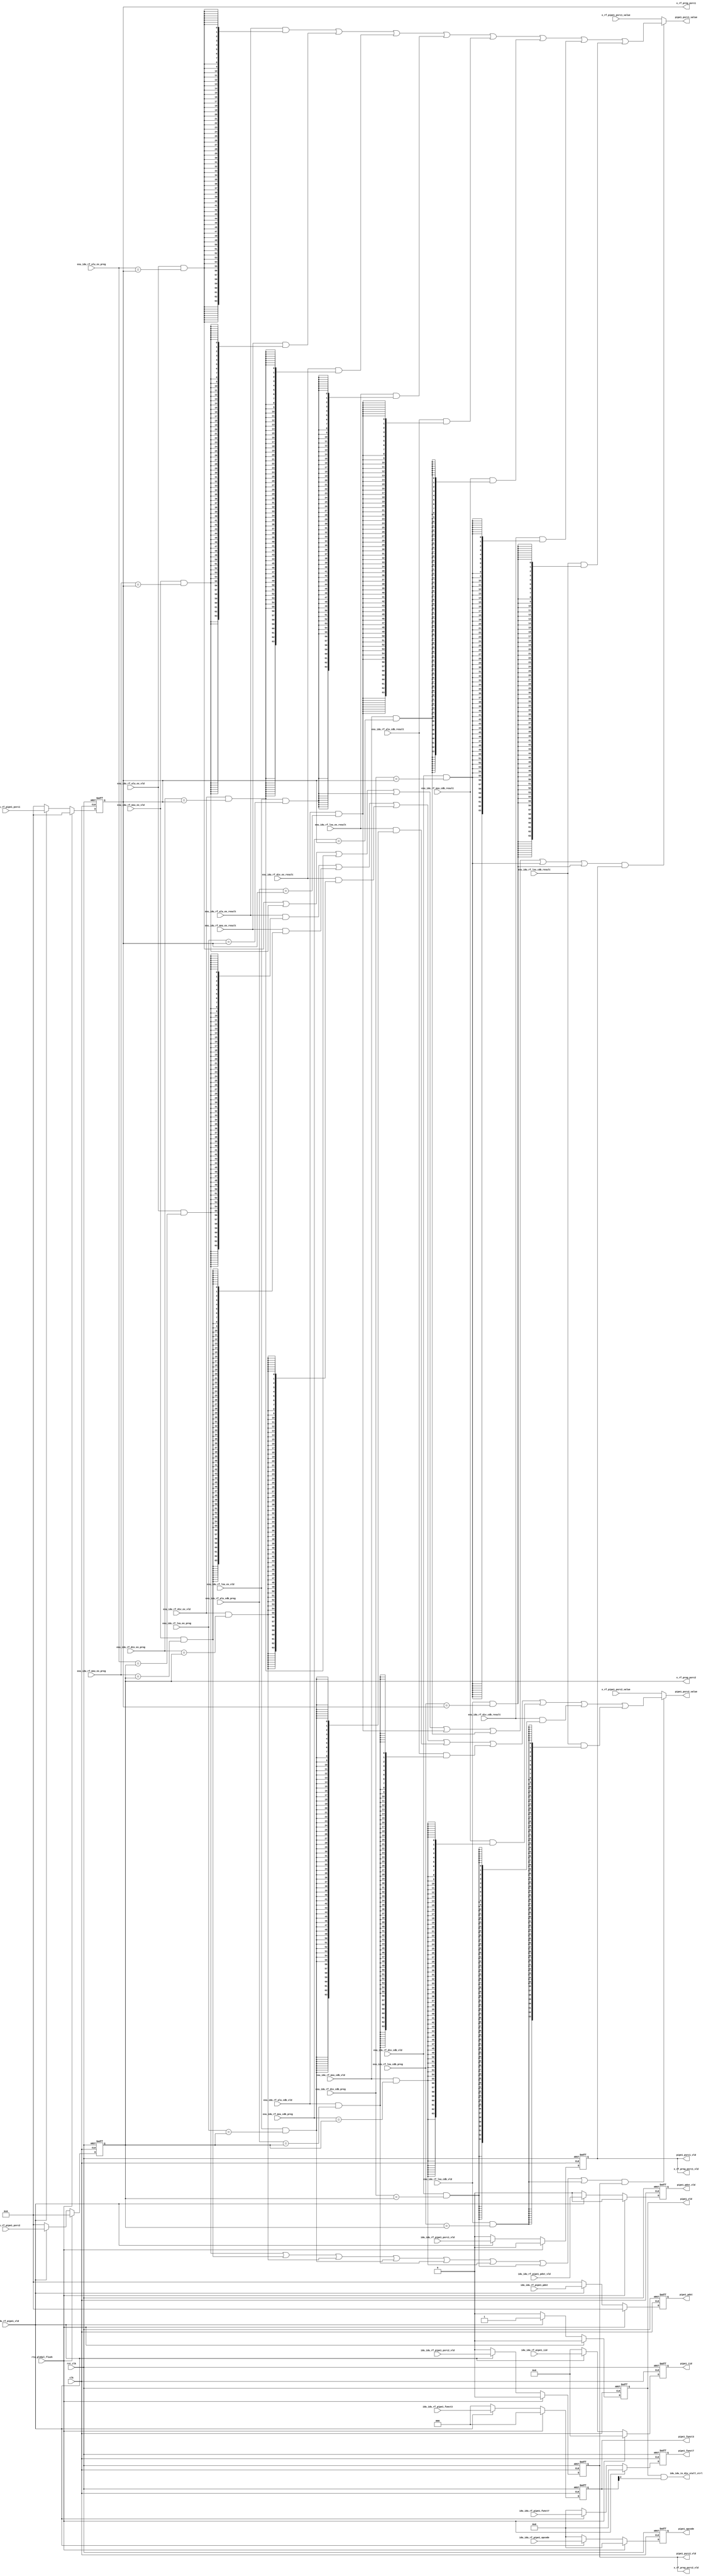
module idu_rf_pipe1 (
    clk,
    rst_clk,
    rtu_global_flush,
    idu_idu_rf_pipe1_vld,
    idu_idu_rf_pipe1_iid,
    idu_idu_rf_pipe1_opcode,
    idu_idu_rf_pipe1_funct7,
    idu_idu_rf_pipe1_funct3,
    idu_idu_rf_pipe1_psrc1_vld,
    idu_idu_rf_pipe1_psrc1,
    idu_idu_rf_pipe1_psrc2_vld,
    idu_idu_rf_pipe1_psrc2,
    idu_idu_rf_pipe1_pdst_vld,
    idu_idu_rf_pipe1_pdst,
    exu_idu_rf_alu_ex_vld,
    exu_idu_rf_alu_ex_preg,
    exu_idu_rf_alu_ex_result,
    exu_idu_rf_mxu_ex_vld,
    exu_idu_rf_mxu_ex_preg,
    exu_idu_rf_mxu_ex_result,
    exu_idu_rf_div_ex_vld,
    exu_idu_rf_div_ex_preg,
    exu_idu_rf_div_ex_result,
    exu_idu_rf_lsu_ex_vld,
    exu_idu_rf_lsu_ex_preg,
    exu_idu_rf_lsu_ex_result,
    exu_idu_rf_alu_cdb_vld,
    exu_idu_rf_alu_cdb_preg,
    exu_idu_rf_alu_cdb_result,
    exu_idu_rf_mxu_cdb_vld,
    exu_idu_rf_mxu_cdb_preg,
    exu_idu_rf_mxu_cdb_result,
    exu_idu_rf_div_cdb_vld,
    exu_idu_rf_div_cdb_preg,
    exu_idu_rf_div_cdb_result,
    exu_idu_rf_lsu_cdb_vld,
    exu_idu_rf_lsu_cdb_preg,
    exu_idu_rf_lsu_cdb_result,
    x_rf_pipe1_psrc1_value,
    x_rf_pipe1_psrc2_value,
    idu_idu_is_div_stall_ctrl,
    x_rf_preg_psrc1_vld,
    x_rf_preg_psrc1,
    x_rf_preg_psrc2_vld,
    x_rf_preg_psrc2,
    pipe1_vld,
    pipe1_iid,
    pipe1_opcode,
    pipe1_funct7,
    pipe1_funct3,
    pipe1_psrc1_vld,
    pipe1_psrc1_value,
    pipe1_psrc2_vld,
    pipe1_psrc2_value,
    pipe1_pdst_vld,
    pipe1_pdst
);
    // &Ports;
    input         clk;
    input         rst_clk;
    input         rtu_global_flush;
    input         idu_idu_rf_pipe1_vld;
    input  [4 :0] idu_idu_rf_pipe1_iid;
    input  [6 :0] idu_idu_rf_pipe1_opcode;
    input  [6 :0] idu_idu_rf_pipe1_funct7;
    input  [2 :0] idu_idu_rf_pipe1_funct3;
    input         idu_idu_rf_pipe1_psrc1_vld;
    input  [5 :0] idu_idu_rf_pipe1_psrc1;
    input         idu_idu_rf_pipe1_psrc2_vld;
    input  [5 :0] idu_idu_rf_pipe1_psrc2;
    input         idu_idu_rf_pipe1_pdst_vld;
    input  [5 :0] idu_idu_rf_pipe1_pdst;
    input         exu_idu_rf_alu_ex_vld;
    input  [5 :0] exu_idu_rf_alu_ex_preg;
    input  [63:0] exu_idu_rf_alu_ex_result;
    input         exu_idu_rf_mxu_ex_vld;
    input  [5 :0] exu_idu_rf_mxu_ex_preg;
    input  [63:0] exu_idu_rf_mxu_ex_result;
    input         exu_idu_rf_div_ex_vld;
    input  [5 :0] exu_idu_rf_div_ex_preg;
    input  [63:0] exu_idu_rf_div_ex_result;
    input         exu_idu_rf_lsu_ex_vld;
    input  [5 :0] exu_idu_rf_lsu_ex_preg;
    input  [63:0] exu_idu_rf_lsu_ex_result;
    input         exu_idu_rf_alu_cdb_vld;
    input  [5 :0] exu_idu_rf_alu_cdb_preg;
    input  [63:0] exu_idu_rf_alu_cdb_result;
    input         exu_idu_rf_mxu_cdb_vld;
    input  [5 :0] exu_idu_rf_mxu_cdb_preg;
    input  [63:0] exu_idu_rf_mxu_cdb_result;
    input         exu_idu_rf_div_cdb_vld;
    input  [5 :0] exu_idu_rf_div_cdb_preg;
    input  [63:0] exu_idu_rf_div_cdb_result;
    input         exu_idu_rf_lsu_cdb_vld;
    input  [5 :0] exu_idu_rf_lsu_cdb_preg;
    input  [63:0] exu_idu_rf_lsu_cdb_result;
    input  [63:0] x_rf_pipe1_psrc1_value;
    input  [63:0] x_rf_pipe1_psrc2_value;
    output        idu_idu_is_div_stall_ctrl;
    output        x_rf_preg_psrc1_vld;
    output [5 :0] x_rf_preg_psrc1;
    output        x_rf_preg_psrc2_vld;
    output [5 :0] x_rf_preg_psrc2;
    output        pipe1_vld;
    output [4 :0] pipe1_iid;
    output [6 :0] pipe1_opcode;
    output [6 :0] pipe1_funct7;
    output [2 :0] pipe1_funct3;
    output        pipe1_psrc1_vld;
    output [63:0] pipe1_psrc1_value;
    output        pipe1_psrc2_vld;
    output [63:0] pipe1_psrc2_value;
    output        pipe1_pdst_vld;
    output [5 :0] pipe1_pdst;

    // &Regs;
    reg        x_rf_preg_psrc1_vld;
    reg [5 :0] x_rf_preg_psrc1;
    reg        x_rf_preg_psrc2_vld;
    reg [5 :0] x_rf_preg_psrc2;
    reg        pipe1_vld;
    reg [4 :0] pipe1_iid;
    reg [6 :0] pipe1_opcode;
    reg [6 :0] pipe1_funct7;
    reg [2 :0] pipe1_funct3;
    reg        pipe1_pdst_vld;
    reg [5 :0] pipe1_pdst;

    // &Wires;
    wire        clk;
    wire        rst_clk;
    wire        rtu_global_flush;
    wire        idu_idu_rf_pipe1_vld;
    wire [4 :0] idu_idu_rf_pipe1_iid;
    wire [6 :0] idu_idu_rf_pipe1_opcode;
    wire [6 :0] idu_idu_rf_pipe1_funct7;
    wire [2 :0] idu_idu_rf_pipe1_funct3;
    wire        idu_idu_rf_pipe1_psrc1_vld;
    wire [5 :0] idu_idu_rf_pipe1_psrc1;
    wire        idu_idu_rf_pipe1_psrc2_vld;
    wire [5 :0] idu_idu_rf_pipe1_psrc2;
    wire        idu_idu_rf_pipe1_pdst_vld;
    wire [5 :0] idu_idu_rf_pipe1_pdst;
    wire        exu_idu_rf_alu_ex_vld;
    wire [5 :0] exu_idu_rf_alu_ex_preg;
    wire [63:0] exu_idu_rf_alu_ex_result;
    wire        exu_idu_rf_alu_ex_psrc1_match;
    wire        exu_idu_rf_alu_ex_psrc2_match;
    wire        exu_idu_rf_mxu_ex_vld;
    wire [5 :0] exu_idu_rf_mxu_ex_preg;
    wire [63:0] exu_idu_rf_mxu_ex_result;
    wire        exu_idu_rf_mxu_ex_psrc1_match;
    wire        exu_idu_rf_mxu_ex_psrc2_match;
    wire        exu_idu_rf_div_ex_vld;
    wire [5 :0] exu_idu_rf_div_ex_preg;
    wire [63:0] exu_idu_rf_div_ex_result;
    wire        exu_idu_rf_div_ex_psrc1_match;
    wire        exu_idu_rf_div_ex_psrc2_match;
    wire        exu_idu_rf_lsu_ex_vld;
    wire [5 :0] exu_idu_rf_lsu_ex_preg;
    wire [63:0] exu_idu_rf_lsu_ex_result;
    wire        exu_idu_rf_lsu_ex_psrc1_match;
    wire        exu_idu_rf_lsu_ex_psrc2_match;
    wire        exu_idu_rf_alu_cdb_vld;
    wire [5 :0] exu_idu_rf_alu_cdb_preg;
    wire [63:0] exu_idu_rf_alu_cdb_result;
    wire        exu_idu_rf_alu_cdb_psrc1_match;
    wire        exu_idu_rf_alu_cdb_psrc2_match;
    wire        exu_idu_rf_mxu_cdb_vld;
    wire [5 :0] exu_idu_rf_mxu_cdb_preg;
    wire [63:0] exu_idu_rf_mxu_cdb_result;
    wire        exu_idu_rf_mxu_cdb_psrc1_match;
    wire        exu_idu_rf_mxu_cdb_psrc2_match;
    wire        exu_idu_rf_div_cdb_vld;
    wire [5 :0] exu_idu_rf_div_cdb_preg;
    wire [63:0] exu_idu_rf_div_cdb_result;
    wire        exu_idu_rf_div_cdb_psrc1_match;
    wire        exu_idu_rf_div_cdb_psrc2_match;
    wire        exu_idu_rf_lsu_cdb_vld;
    wire [5 :0] exu_idu_rf_lsu_cdb_preg;
    wire [63:0] exu_idu_rf_lsu_cdb_result;
    wire        exu_idu_rf_lsu_cdb_psrc1_match;
    wire        exu_idu_rf_lsu_cdb_psrc2_match;
    wire        forward_psrc1_match;
    wire        forward_psrc2_match;
    wire [63:0] x_rf_pipe1_psrc1_value;
    wire [63:0] x_rf_pipe1_psrc2_value;
    wire        idu_idu_is_div_stall_ctrl;
    wire        pipe1_psrc1_vld;
    wire [63:0] pipe1_psrc1_value;
    wire        pipe1_psrc2_vld;
    wire [63:0] pipe1_psrc2_value;

    always @(posedge clk or negedge rst_clk)
    begin
        if (!rst_clk) begin
            pipe1_vld           <= 0;
            pipe1_iid           <= 0;
            pipe1_opcode        <= 0;
            pipe1_funct7        <= 0;
            pipe1_funct3        <= 0;
            x_rf_preg_psrc1_vld <= 0;
            x_rf_preg_psrc1     <= 0;
            x_rf_preg_psrc2_vld <= 0;
            x_rf_preg_psrc2     <= 0;
            pipe1_pdst_vld      <= 0;
            pipe1_pdst          <= 0;
        end
        else if (rtu_global_flush) begin
            pipe1_vld           <= 0;
            pipe1_iid           <= 0;
            pipe1_opcode        <= 0;
            pipe1_funct7        <= 0;
            pipe1_funct3        <= 0;
            x_rf_preg_psrc1_vld <= 0;
            x_rf_preg_psrc1     <= 0;
            x_rf_preg_psrc2_vld <= 0;
            x_rf_preg_psrc2     <= 0;
            pipe1_pdst_vld      <= 0;
            pipe1_pdst          <= 0;
        end
        else if (idu_idu_rf_pipe1_vld) begin
            pipe1_vld           <= 1;
            pipe1_iid           <= idu_idu_rf_pipe1_iid;
            pipe1_opcode        <= idu_idu_rf_pipe1_opcode;
            pipe1_funct7        <= idu_idu_rf_pipe1_funct7;
            pipe1_funct3        <= idu_idu_rf_pipe1_funct3;
            x_rf_preg_psrc1_vld <= idu_idu_rf_pipe1_psrc1_vld;
            x_rf_preg_psrc1     <= idu_idu_rf_pipe1_psrc1;
            x_rf_preg_psrc2_vld <= idu_idu_rf_pipe1_psrc2_vld;
            x_rf_preg_psrc2     <= idu_idu_rf_pipe1_psrc2;
            pipe1_pdst_vld      <= idu_idu_rf_pipe1_pdst_vld;
            pipe1_pdst          <= idu_idu_rf_pipe1_pdst;
        end
        else begin
            pipe1_vld           <= 0;
            pipe1_iid           <= 0;
            pipe1_opcode        <= 0;
            pipe1_funct7        <= 0;
            pipe1_funct3        <= 0;
            x_rf_preg_psrc1_vld <= 0;
            x_rf_preg_psrc1     <= 0;
            x_rf_preg_psrc2_vld <= 0;
            x_rf_preg_psrc2     <= 0;
            pipe1_pdst_vld      <= 0;
            pipe1_pdst          <= 0;
        end
    end

    assign pipe1_psrc1_vld = x_rf_preg_psrc1_vld;
    assign pipe1_psrc2_vld = x_rf_preg_psrc2_vld;

    assign exu_idu_rf_alu_ex_psrc1_match = exu_idu_rf_alu_ex_vld & (exu_idu_rf_alu_ex_preg == x_rf_preg_psrc1);
    assign exu_idu_rf_alu_ex_psrc2_match = exu_idu_rf_alu_ex_vld & (exu_idu_rf_alu_ex_preg == x_rf_preg_psrc2);
    assign exu_idu_rf_mxu_ex_psrc1_match = exu_idu_rf_mxu_ex_vld & (exu_idu_rf_mxu_ex_preg == x_rf_preg_psrc1);
    assign exu_idu_rf_mxu_ex_psrc2_match = exu_idu_rf_mxu_ex_vld & (exu_idu_rf_mxu_ex_preg == x_rf_preg_psrc2);
    assign exu_idu_rf_div_ex_psrc1_match = exu_idu_rf_div_ex_vld & (exu_idu_rf_div_ex_preg == x_rf_preg_psrc1);
    assign exu_idu_rf_div_ex_psrc2_match = exu_idu_rf_div_ex_vld & (exu_idu_rf_div_ex_preg == x_rf_preg_psrc2);
    assign exu_idu_rf_lsu_ex_psrc1_match = exu_idu_rf_lsu_ex_vld & (exu_idu_rf_lsu_ex_preg == x_rf_preg_psrc1);
    assign exu_idu_rf_lsu_ex_psrc2_match = exu_idu_rf_lsu_ex_vld & (exu_idu_rf_lsu_ex_preg == x_rf_preg_psrc2);
    assign exu_idu_rf_alu_cdb_psrc1_match = exu_idu_rf_alu_cdb_vld & (exu_idu_rf_alu_cdb_preg == x_rf_preg_psrc1);
    assign exu_idu_rf_alu_cdb_psrc2_match = exu_idu_rf_alu_cdb_vld & (exu_idu_rf_alu_cdb_preg == x_rf_preg_psrc2);
    assign exu_idu_rf_mxu_cdb_psrc1_match = exu_idu_rf_mxu_cdb_vld & (exu_idu_rf_mxu_cdb_preg == x_rf_preg_psrc1);
    assign exu_idu_rf_mxu_cdb_psrc2_match = exu_idu_rf_mxu_cdb_vld & (exu_idu_rf_mxu_cdb_preg == x_rf_preg_psrc2);
    assign exu_idu_rf_div_cdb_psrc1_match = exu_idu_rf_div_cdb_vld & (exu_idu_rf_div_cdb_preg == x_rf_preg_psrc1);
    assign exu_idu_rf_div_cdb_psrc2_match = exu_idu_rf_div_cdb_vld & (exu_idu_rf_div_cdb_preg == x_rf_preg_psrc2);
    assign exu_idu_rf_lsu_cdb_psrc1_match = exu_idu_rf_lsu_cdb_vld & (exu_idu_rf_lsu_cdb_preg == x_rf_preg_psrc1);
    assign exu_idu_rf_lsu_cdb_psrc2_match = exu_idu_rf_lsu_cdb_vld & (exu_idu_rf_lsu_cdb_preg == x_rf_preg_psrc2);
    assign forward_psrc1_match = exu_idu_rf_alu_ex_psrc1_match
                               | exu_idu_rf_mxu_ex_psrc1_match
                               | exu_idu_rf_div_ex_psrc1_match
                               | exu_idu_rf_lsu_ex_psrc1_match
                               | exu_idu_rf_alu_cdb_psrc1_match
                               | exu_idu_rf_mxu_cdb_psrc1_match
                               | exu_idu_rf_div_cdb_psrc1_match
                               | exu_idu_rf_lsu_cdb_psrc1_match;
    assign forward_psrc2_match = exu_idu_rf_alu_ex_psrc2_match
                               | exu_idu_rf_mxu_ex_psrc2_match
                               | exu_idu_rf_div_ex_psrc2_match
                               | exu_idu_rf_lsu_ex_psrc2_match
                               | exu_idu_rf_alu_cdb_psrc2_match
                               | exu_idu_rf_mxu_cdb_psrc2_match
                               | exu_idu_rf_div_cdb_psrc2_match
                               | exu_idu_rf_lsu_cdb_psrc2_match;

    assign pipe1_psrc1_value = (forward_psrc1_match & x_rf_preg_psrc1_vld) ? (
                                      (exu_idu_rf_alu_ex_result & {64{exu_idu_rf_alu_ex_psrc1_match}})
                                    | (exu_idu_rf_mxu_ex_result & {64{exu_idu_rf_mxu_ex_psrc1_match}})
                                    | (exu_idu_rf_div_ex_result & {64{exu_idu_rf_div_ex_psrc1_match}})
                                    | (exu_idu_rf_lsu_ex_result & {64{exu_idu_rf_lsu_ex_psrc1_match}})
                                    | (exu_idu_rf_alu_cdb_result & {64{exu_idu_rf_alu_cdb_psrc1_match}})
                                    | (exu_idu_rf_mxu_cdb_result & {64{exu_idu_rf_mxu_cdb_psrc1_match}})
                                    | (exu_idu_rf_div_cdb_result & {64{exu_idu_rf_div_cdb_psrc1_match}})
                                    | (exu_idu_rf_lsu_cdb_result & {64{exu_idu_rf_lsu_cdb_psrc1_match}}))
                                    : x_rf_pipe1_psrc1_value;
    assign pipe1_psrc2_value = (forward_psrc2_match & x_rf_preg_psrc2_vld) ? (
                                      (exu_idu_rf_alu_ex_result & {64{exu_idu_rf_alu_ex_psrc2_match}})
                                    | (exu_idu_rf_mxu_ex_result & {64{exu_idu_rf_mxu_ex_psrc2_match}})
                                    | (exu_idu_rf_div_ex_result & {64{exu_idu_rf_div_ex_psrc2_match}})
                                    | (exu_idu_rf_lsu_ex_result & {64{exu_idu_rf_lsu_ex_psrc2_match}})
                                    | (exu_idu_rf_alu_cdb_result & {64{exu_idu_rf_alu_cdb_psrc2_match}})
                                    | (exu_idu_rf_mxu_cdb_result & {64{exu_idu_rf_mxu_cdb_psrc2_match}})
                                    | (exu_idu_rf_div_cdb_result & {64{exu_idu_rf_div_cdb_psrc2_match}})
                                    | (exu_idu_rf_lsu_cdb_result & {64{exu_idu_rf_lsu_cdb_psrc2_match}}))
                                    : x_rf_pipe1_psrc2_value;

    assign idu_idu_is_div_stall_ctrl = (pipe1_vld & pipe1_funct3[2]);

endmodule